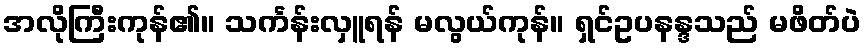
အလိုကြီးကုန်၏။ သင်္ကန်းလှူရန် မလွယ်ကုန်။ ရှင်ဥပနန္ဒသည် မဖိတ်ပဲ